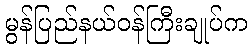
မွန်ပြည်နယ်ဝန်ကြီးချုပ်က